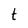
Character: t